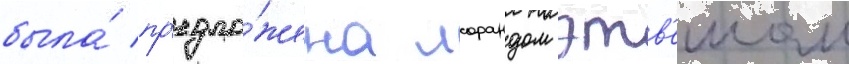
была́ пр'едло́жена лорандом этв'ешом